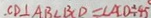
. C D \bot A B \angle B C D = \angle A C D = 4 5